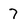
Character: 7